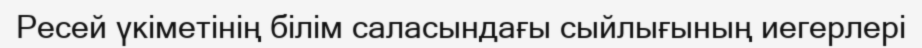
Ресей үкіметінің білім саласындағы сыйлығының иегерлері